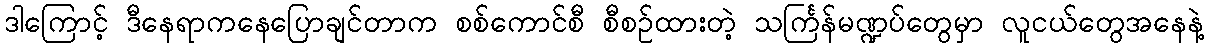
ဒါကြောင့် ဒီနေရာကနေပြောချင်တာက စစ်ကောင်စီ စီစဉ်ထားတဲ့ သင်္ကြန်မဏ္ဍပ်တွေမှာ လူငယ်တွေအနေနဲ့